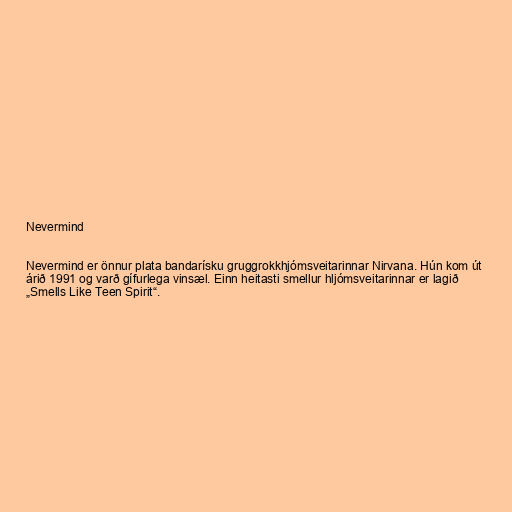
Nevermind

Nevermind er önnur plata bandarísku gruggrokkhjómsveitarinnar Nirvana. Hún kom út
árið 1991 og varð gífurlega vinsæl. Einn heitasti smellur hljómsveitarinnar er lagið
„Smells Like Teen Spirit“.